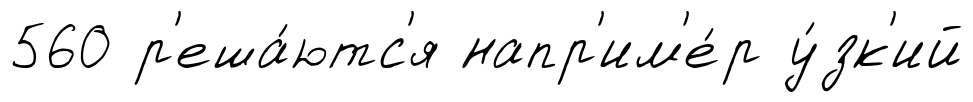
560 р'еша́ютс'я напр'им'е́р у́зк'ий